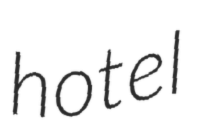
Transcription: hotel